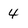
Character: 4